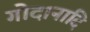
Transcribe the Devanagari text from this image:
गोदानादि